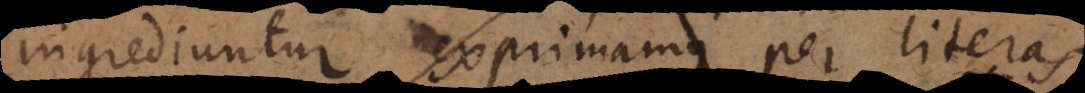
ingrediuntur exprimamus per literas